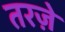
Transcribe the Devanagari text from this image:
तरज़े